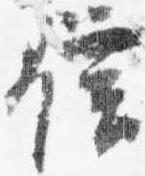
信